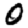
Digit: 0